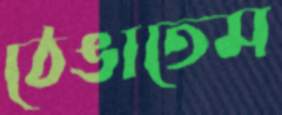
ঠেঙাতেম